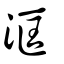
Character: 洭